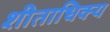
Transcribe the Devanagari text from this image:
शीताधिक्य